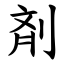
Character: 剤